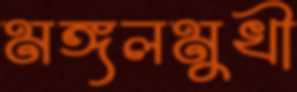
মঙ্গলমুখী